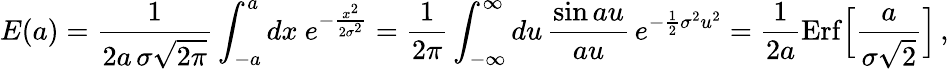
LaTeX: E(a)={\frac{1}{2a\, \sigma\sqrt{2\pi}}}\int_{-a}^{a}dx\ e^{-{\frac{x^{2}}{2\sigma^{2}}}}={\frac{1}{2\pi}}\int_{-\infty}^{\infty}du\, {\frac{\sin au}{au}}\, e^{-{\frac{1}{2}}\sigma^{2}u^{2}}={\frac{1}{2a}}\mathrm{Erf}\Big[{\frac{a}{\sigma\sqrt 2}}\Big]\, ,